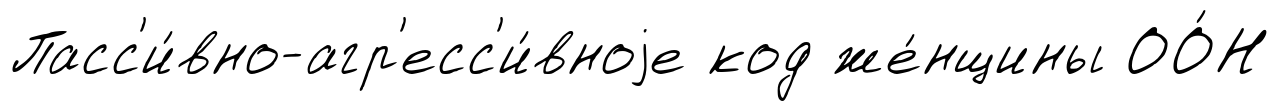
Пасс'и́вно-агр'есс'и́вноjе код же́нщины ОО́Н